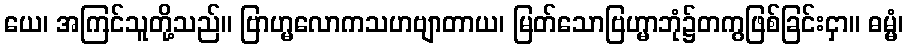
ယေ၊ အကြင်သူတို့သည်။ ဗြာဟ္မလောကသဟဗျာတာယ၊ မြတ်သောဗြဟ္မာဘုံ၌တကွဖြစ်ခြင်းငှာ။ ဓမ္မံ၊